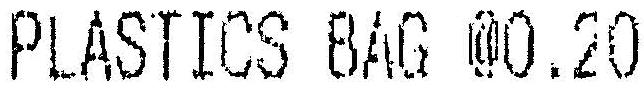
PLASTICS BAG @0.20